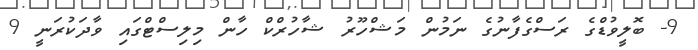
9- ބޮލީވުޑްގެ ރަސްގެފާނުގެ ނަމުން މަޝްހޫރު ޝާހުރްކް ހާން މިލިސްޓްގައި ވާދަކުރަނީ 9